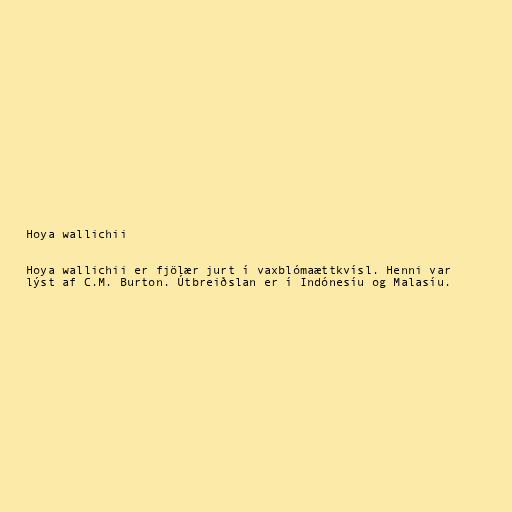
Hoya wallichii

Hoya wallichii er fjölær jurt í vaxblómaættkvísl. Henni var
lýst af C.M. Burton. Útbreiðslan er í Indónesíu og Malasíu.